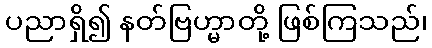
ပညာရှိ၍ နတ်ဗြဟ္မာတို့ ဖြစ်ကြသည်၊